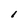
Character: l